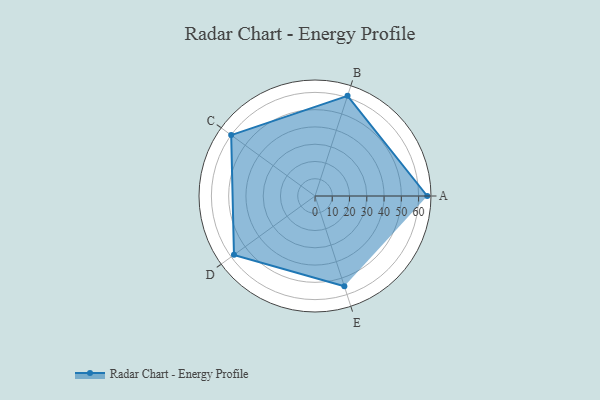
{"axis": {"x": "Skill", "y": "Score"}, "legend": ["Profile"], "data": [{"x": "A", "y": 65.0, "type": "Profile"}, {"x": "B", "y": 61.0, "type": "Profile"}, {"x": "C", "y": 60.0, "type": "Profile"}, {"x": "D", "y": 58.0, "type": "Profile"}, {"x": "E", "y": 55.0, "type": "Profile"}]}